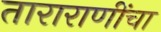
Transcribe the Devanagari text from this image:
ताराराणींचा